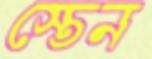
স্তেন